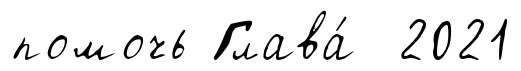
помочь Глава́ 2021